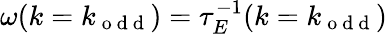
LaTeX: \omega(k=k_{\mathrm{~o~d~d~}})=\tau_{E}^{-1}(k=k_{\mathrm{~o~d~d~}})